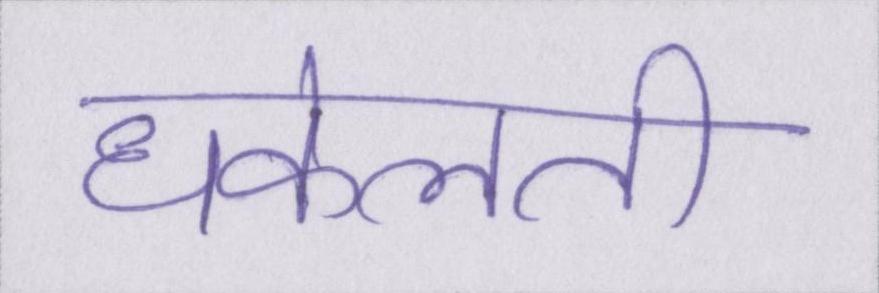
धकेलती